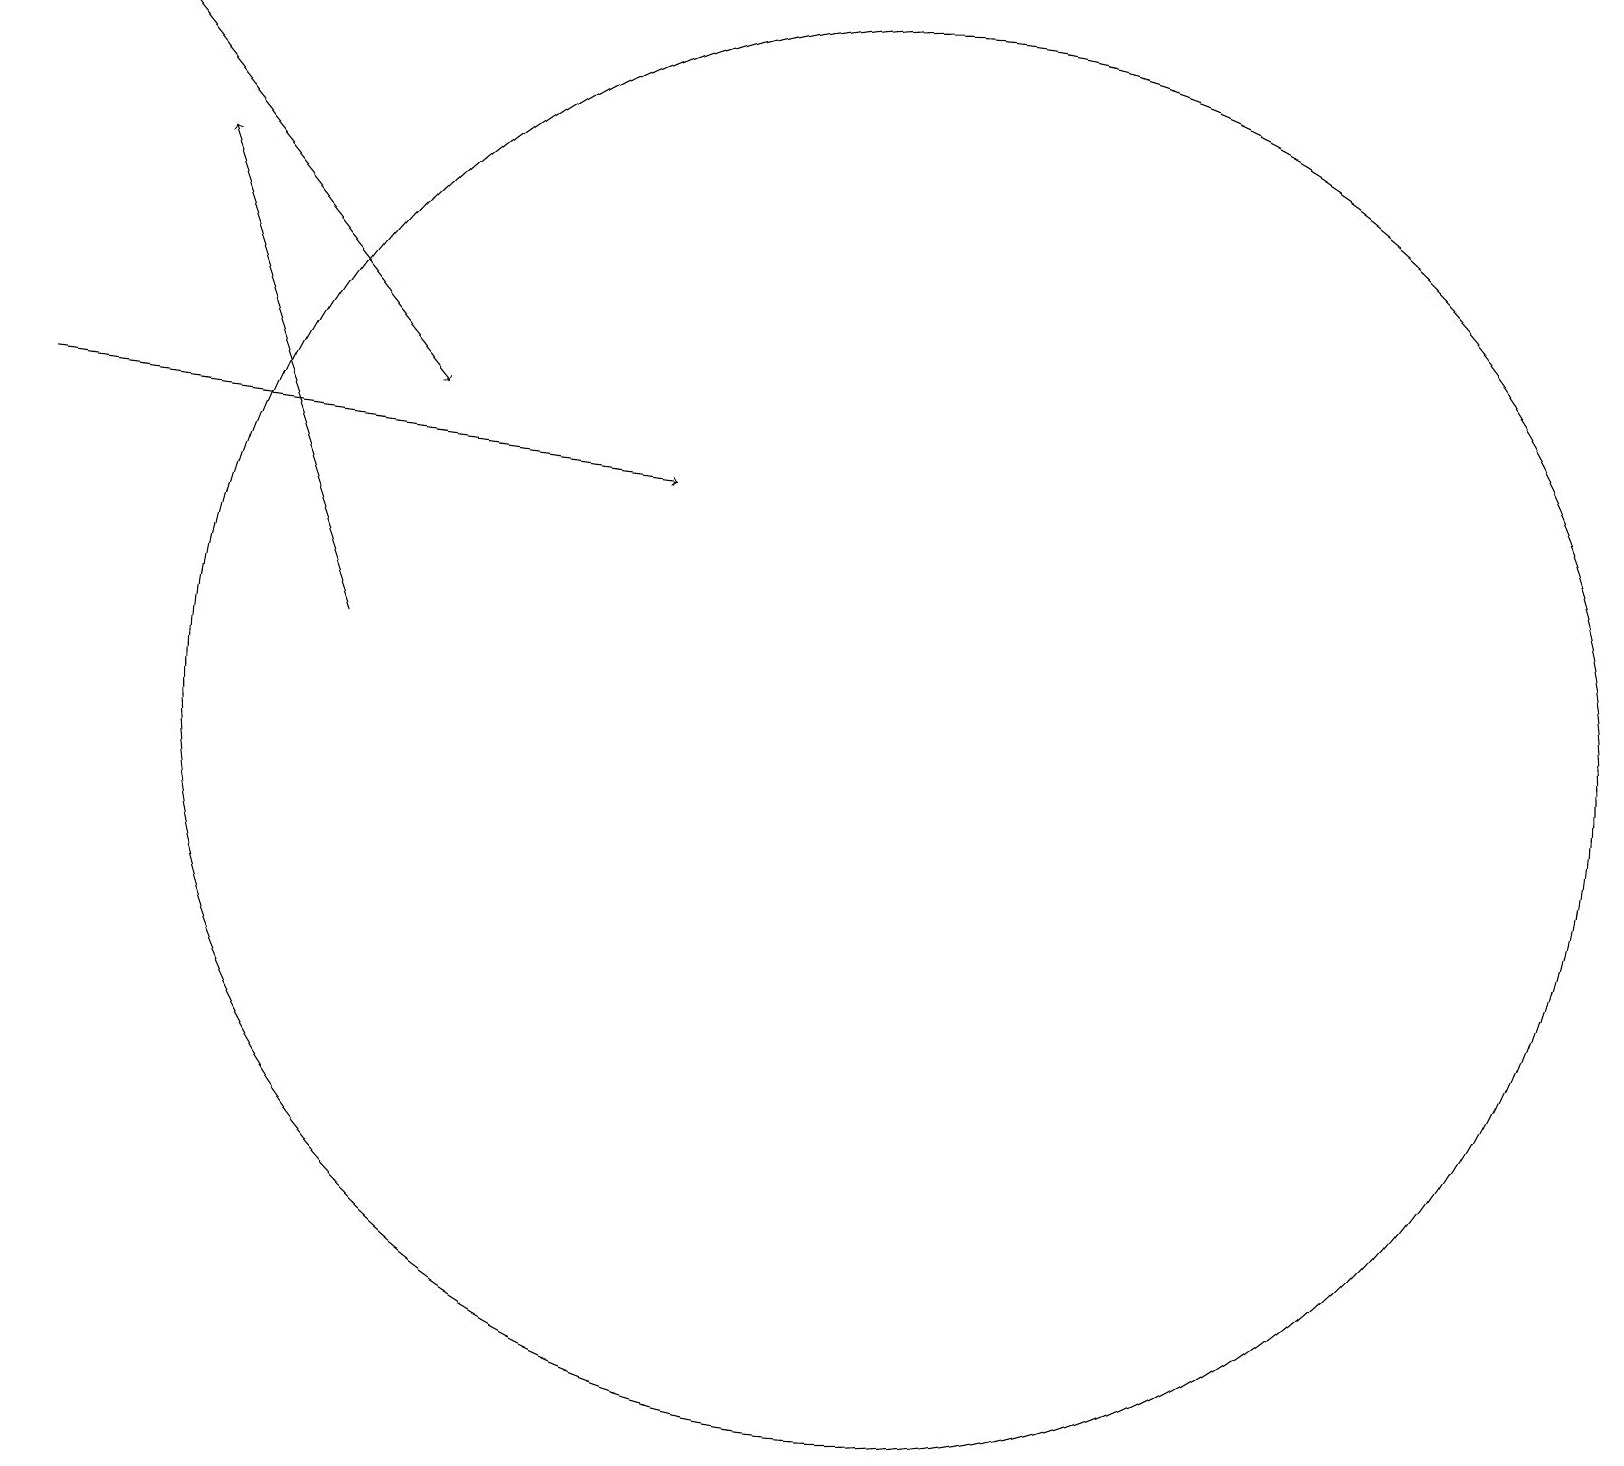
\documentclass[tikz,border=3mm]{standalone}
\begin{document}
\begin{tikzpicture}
\draw[->] (1,14) -- (9,13);
\draw (11,10) circle (0);
\draw[->] (2,19) -- (6,14);
\draw (12,10) circle (9);
\draw[->] (5,11) -- (3,17);
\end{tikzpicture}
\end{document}